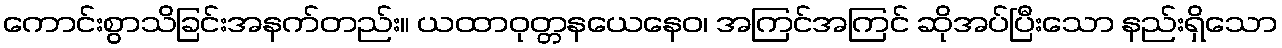
ကောင်းစွာသိခြင်းအနက်တည်း။ ယထာဝုတ္တနယေနေဝ၊ အကြင်အကြင် ဆိုအပ်ပြီးသော နည်းရှိသော